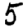
Digit: 5